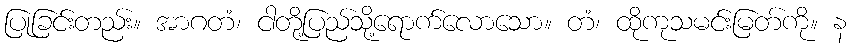
ပြုခြင်းတည်း။ အာဂတံ၊ ငါတို့ပြည်သို့ရောက်လောသော။ တံ၊ ထိုကုသမင်းမြတ်ကို။ န